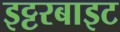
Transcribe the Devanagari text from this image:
इट्टरबाइट